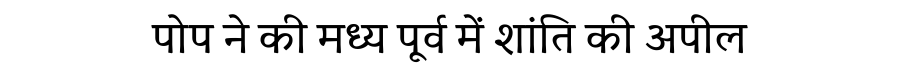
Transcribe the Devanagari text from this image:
पोप ने की मध्य पूर्व में शांति की अपील